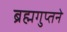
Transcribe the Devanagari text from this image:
ब्रह्मगुप्तने